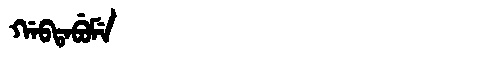
Manchu: ᡤᠠᠪᡨᠠᠪᡠᠮᡝ
Romanization: GABTABUME